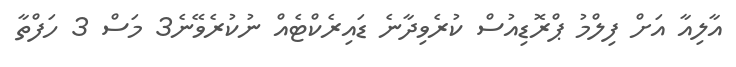
އާލިއާ އަށް ފިލްމު ޕްރޮޑިއުސް ކުރެވިދާނެ ޑައިރެކްޓެއް ނުކުރެވޭނެ3 މަސް 3 ހަފްތާ